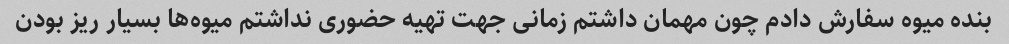
بنده میوه سفارش دادم چون مهمان داشتم زمانی جهت تهیه حضوری نداشتم میوه‌ها بسیار ریز بودن